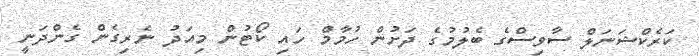
ކަރެކްޝަނަލް ސާވިސްގެ ބެލުމުގެ ދަށުން ހުމާމް ހައި ކޯޓުން މިއަދު ނެރިގެން ގެންދަނީ